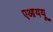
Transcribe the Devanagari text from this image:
एआययू